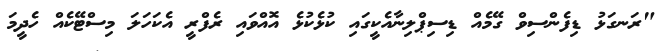
"ރަނގަޅު ޑިފެންސިވް ގޭމެއް ޑިސިޕްލިނާއެކީގައި ކުޅެކުޅެ އޮއްވައި ރެފްރީ އެކަހަލަ މިސްޓޭކެއް ހެދީމަ